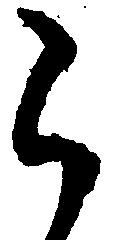
ら